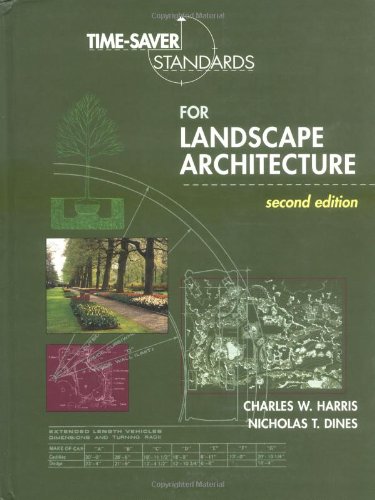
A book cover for Time-Saver Standards for Landscape Architecture; Charles Harris; Arts & Photography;